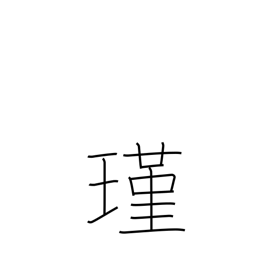
Meaning: jewel